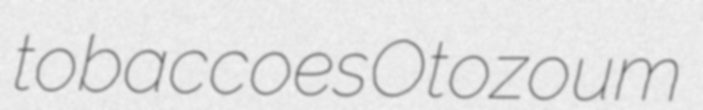
tobaccoes Otozoum